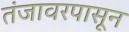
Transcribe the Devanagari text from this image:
तंजावरपासून